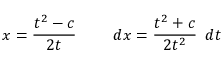
x = { \frac { t ^ { 2 } - c } { 2 t } } \quad \quad \ d x = { \frac { t ^ { 2 } + c } { 2 t ^ { 2 } } } \, \ d t